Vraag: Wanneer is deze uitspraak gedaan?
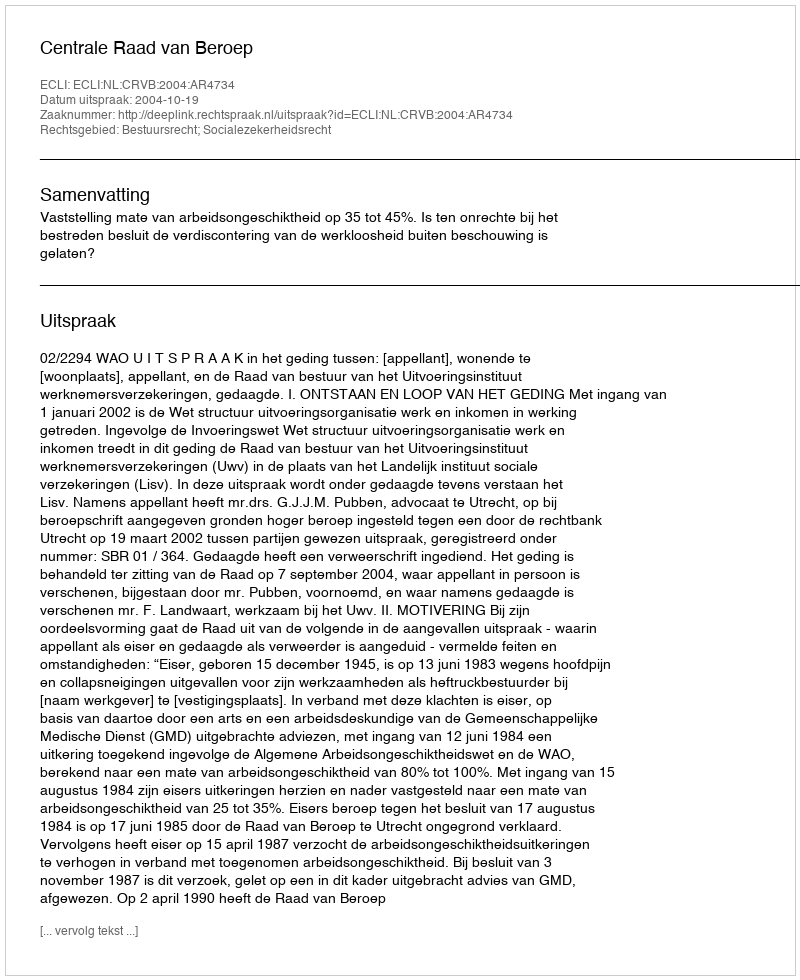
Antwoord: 2004-10-19